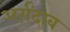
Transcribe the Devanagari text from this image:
अर्ग़ंदाब